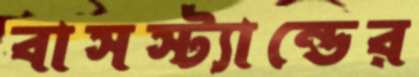
বাসস্ট্যান্ডের